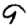
Digit: 9